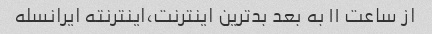
از ساعت ۱۱ به بعد بدترین اینترنت،اینترنته ایرانسله